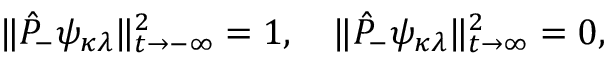
\| \hat { P } _ { - } \psi _ { \kappa \lambda } \| _ { t \rightarrow - \infty } ^ { 2 } = 1 , \quad \| \hat { P } _ { - } \psi _ { \kappa \lambda } \| _ { t \rightarrow \infty } ^ { 2 } = 0 ,